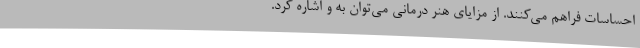
احساسات فراهم می‌کنند. از مزایای هنر درمانی می‌توان به و اشاره کرد.